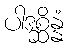
ပါဒစ္ဆိန္နံ